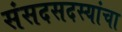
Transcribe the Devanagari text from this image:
संसदसदस्यांचा